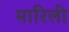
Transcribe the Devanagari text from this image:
मारिली